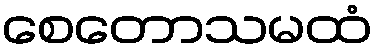
စေတောသမထံ